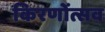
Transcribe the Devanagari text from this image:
किरणोंत्सव